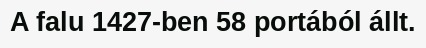
A falu 1427-ben 58 portából állt.